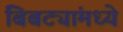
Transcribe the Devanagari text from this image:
बिबट्यांमध्ये